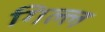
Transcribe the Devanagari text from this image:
गिल्ल